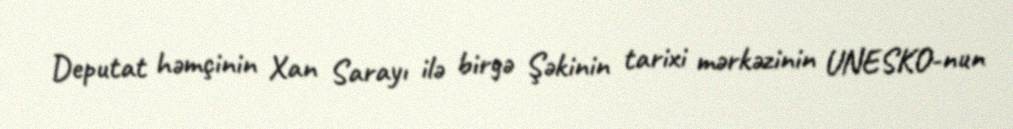
Deputat həmçinin Xan Sarayı ilə birgə Şəkinin tarixi mərkəzinin UNESKO-nun